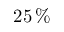
2 5 \, \%